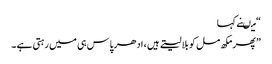
“ میںنے کہا
” پھر مکھ مل کو بلا لیتے ہیں ، ادھر پاس ہی میں رہتی ہے ۔